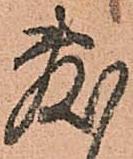
敷